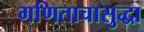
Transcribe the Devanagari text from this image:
गणिताचासुद्धा